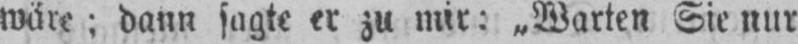
wäre; dann sagte er zu mir: „Warten Sie nur